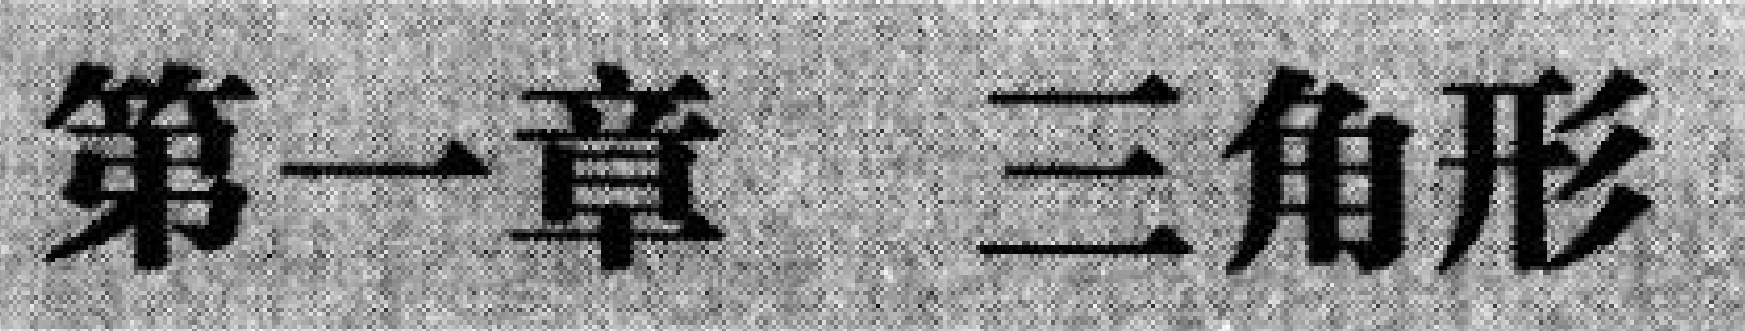
第一章 三角形